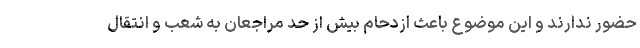
حضور ندارند و این موضوع باعث ازدحام بیش از حد مراجعان به شعب و انتقال